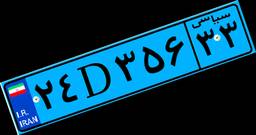
۲۴D۳۵۶۳۳